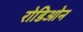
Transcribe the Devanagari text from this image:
रोडिओन